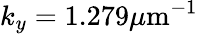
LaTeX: k_{y}=1.279\mu\mathrm{m}^{-1}